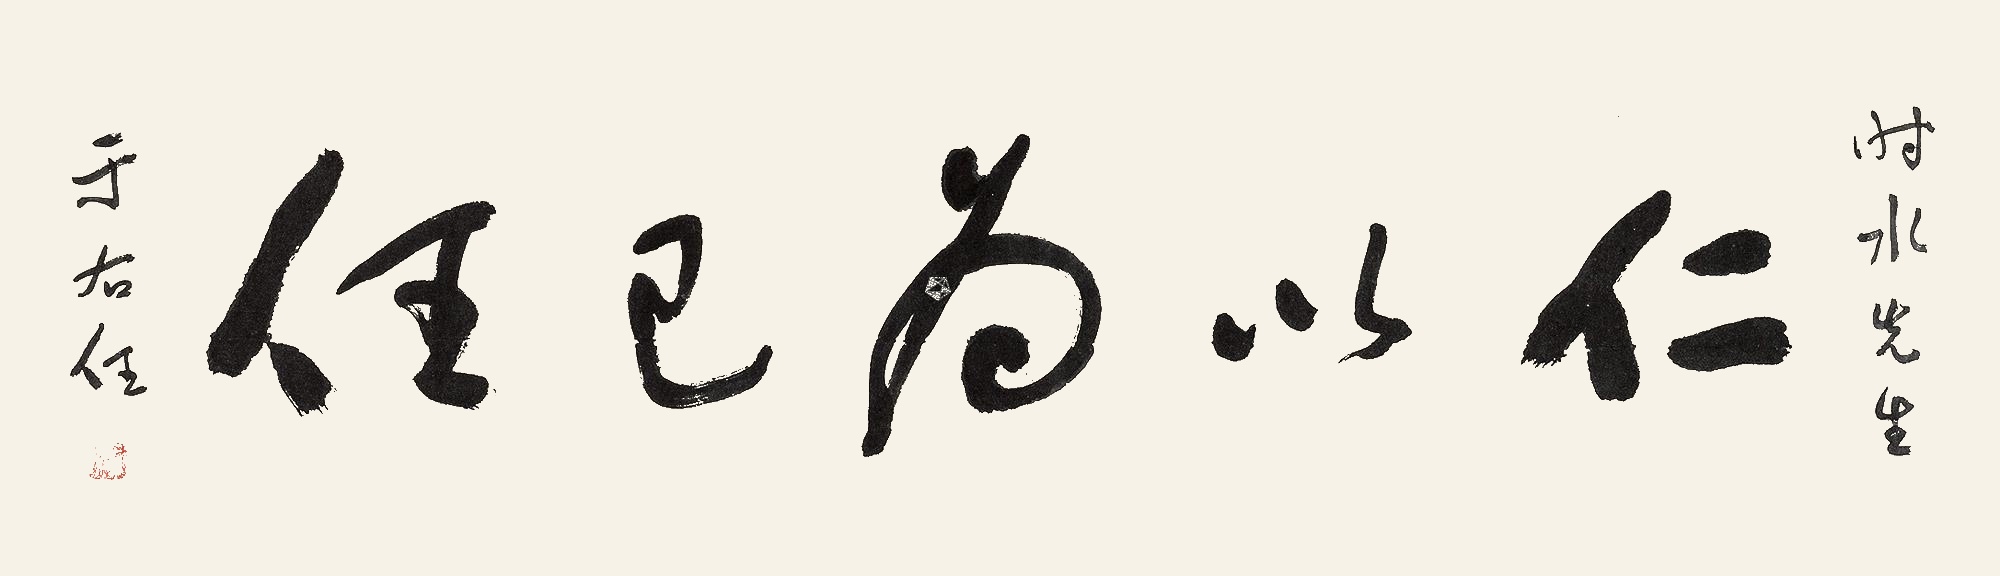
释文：仁以为己任时水先生。于右任。